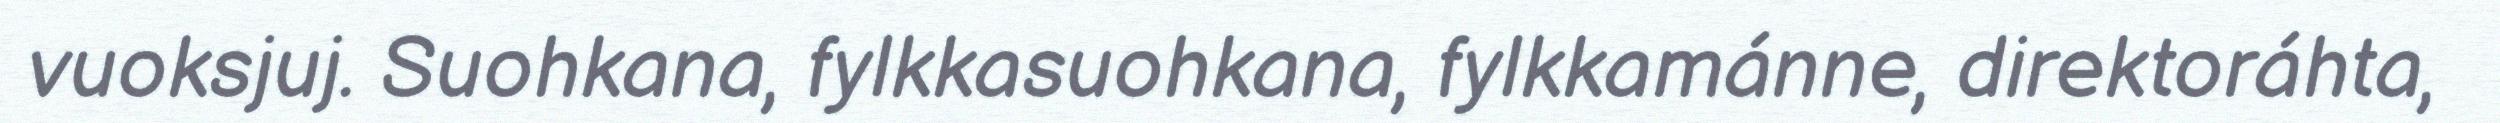
vuoksjuj. Suohkana, fylkkasuohkana, fylkkamánne, direktoráhta,